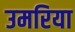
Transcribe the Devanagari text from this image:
उमरिया